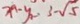
x _ { 1 } - y _ { 1 } = 3 - \sqrt { 5 }